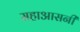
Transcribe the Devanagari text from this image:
सहाआसनी